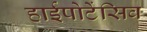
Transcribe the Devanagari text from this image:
हाईपोटेंसिव